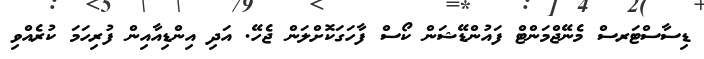
ޑިސާސްޓަރސް މެނޭޖްމަންޓް ފައުންޑޭޝަން ކޯސް ފާހަގަކޮށްލަން ޖެހޭ. އަދި އިންޑިއާއިން ފުރިހަމަ ކުރެއްވި